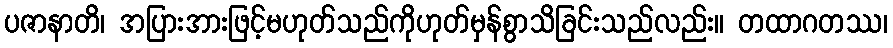
ပဇာနာတိ၊ အပြားအားဖြင့်မဟုတ်သည်ကိုဟုတ်မှန်စွာသိခြင်းသည်လည်း။ တထာဂတဿ၊